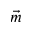
\vec { m }